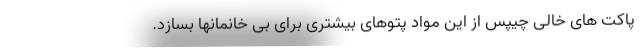
پاکت های خالی چیپس از این مواد پتوهای بیشتری برای بی خانمانها بسازد.